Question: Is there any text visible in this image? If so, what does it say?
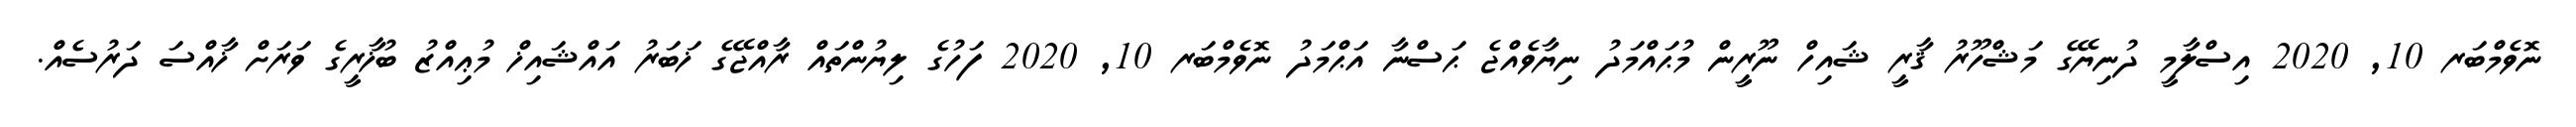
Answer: ނޮވެމްބަރ 10, 2020 އިސްލާމީ ދުނިޔޭގެ މަޝްހޫރު ޤާރީ ޝައިހް ނޫރީން މުޙައްމަދު ނިޔާވެއްޖެ ޙަސްނާ އަޙްމަދު ނޮވެމްބަރ 10, 2020 ފަހުގެ ލިޔުންތައް ރާއްޖޭގެ ޚަބަރު އައްޝައިޚް މުޢިއްޒު ބުޚާރީގެ ވަރަށް ޚާއްސަ ދަރުސެއް.